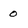
Character: 0